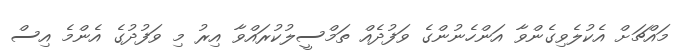
މައްޗަށް އެކުލެވިގެންވާ އަންހެނުންގެ ވަފުދެއް ތަމްސީލުކުރައްވާ އިރު މި ވަފުދުގެ އެންމެ އިސް